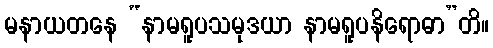
မနာယတနေ “နာမရူပသမုဒယာ နာမရူပနိရောဓာ”တိ။